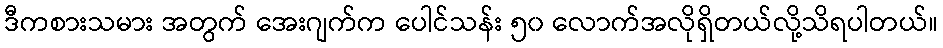
ဒီကစားသမား အတွက် အေးဂျက်က ပေါင်သန်း ၅၀ လောက်အလိုရှိတယ်လို့သိရပါတယ်။